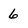
Character: 6